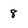
Character: 8